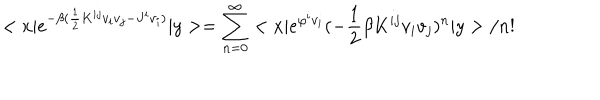
< x | e ^ { - \beta ( \frac { 1 } { 2 } K ^ { i j } v _ { i } v _ { j } - J ^ { i } v _ { i } ) } | y > = \sum _ { n = 0 } ^ { \infty } < x | e ^ { \varphi ^ { i } v _ { i } } ( - \frac { 1 } { 2 } \beta K ^ { i j } v _ { i } v _ { j } ) ^ { n } | y > / n !